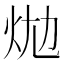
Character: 𤇉